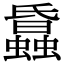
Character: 𧓢